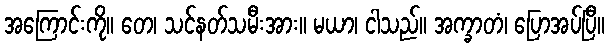
အကြောင်းကို။ တေ၊ သင်နတ်သမီးအား။ မယာ၊ ငါသည်။ အက္ခာတံ၊ ပြောအပ်ပြီ။